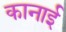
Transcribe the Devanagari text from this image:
कानाई